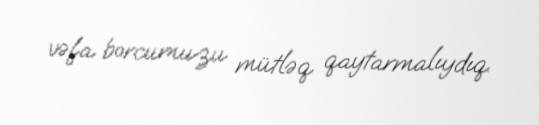
vəfa borcumuzu mütləq qaytarmalıydıq.